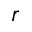
r